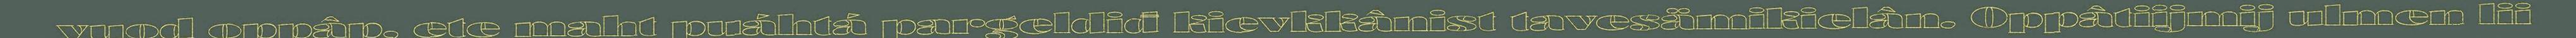
vuod oppâp, ete maht puáhtá pargeldiđ kievkkânist tavesämikielân. Oppâtiijmij ulmen lii